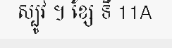
ស្បូវ ។ ខ្សែ ទី 11A